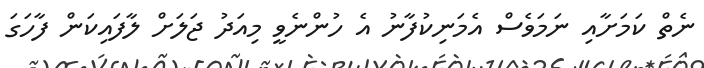
ނެތް ކަމަށާއި ނަމަވެސް އެމަނިކުފާނު އެ ހުންނެވީ މިއަދު ޖަލަށް ލާފައިކަން ފާހަގަ